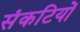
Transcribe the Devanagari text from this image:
संकटियों